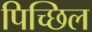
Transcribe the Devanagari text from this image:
पिच्छिल